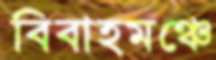
বিবাহমঞ্চে